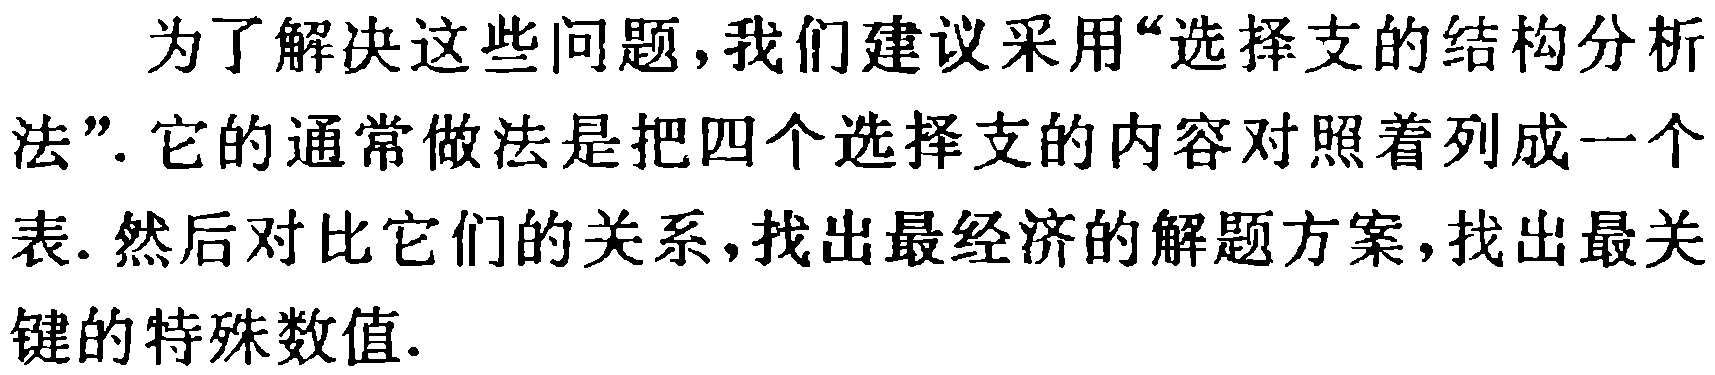
为了解决这些问题,我们建议采用“选择支的结构分析法”. 它的通常做法是把四个选择支的内容对照着列成一个表. 然后对比它们的关系,找出最经济的解题方案,找出最关键的特殊数值.